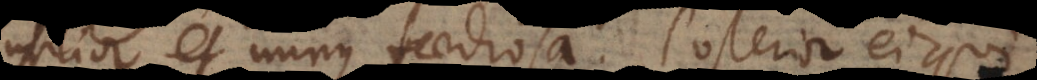
utilior et minus taediosa. Posterior ei qui